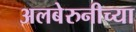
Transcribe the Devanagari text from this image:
अलबेरुनीच्या